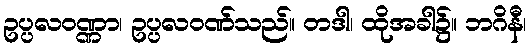
ဥပ္ပလဝဏ္ဏာ၊ ဥပ္ပလဝဏ်သည်။ တဒါ၊ ထိုအခါ၌။ ဘဂိနီ၊